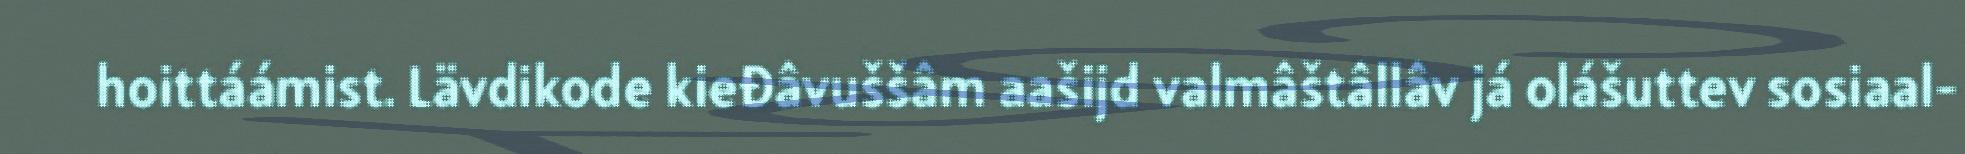
hoittáámist. Lävdikode kieđâvuššâm aašijd valmâštâllâv já olášuttev sosiaal-